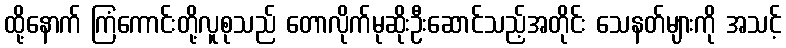
ထို့နောက် ကြံကောင်းတို့လူစုသည် တောလိုက်မုဆိုးဦးဆောင်သည့်အတိုင်း သေနတ်များကို အသင့်